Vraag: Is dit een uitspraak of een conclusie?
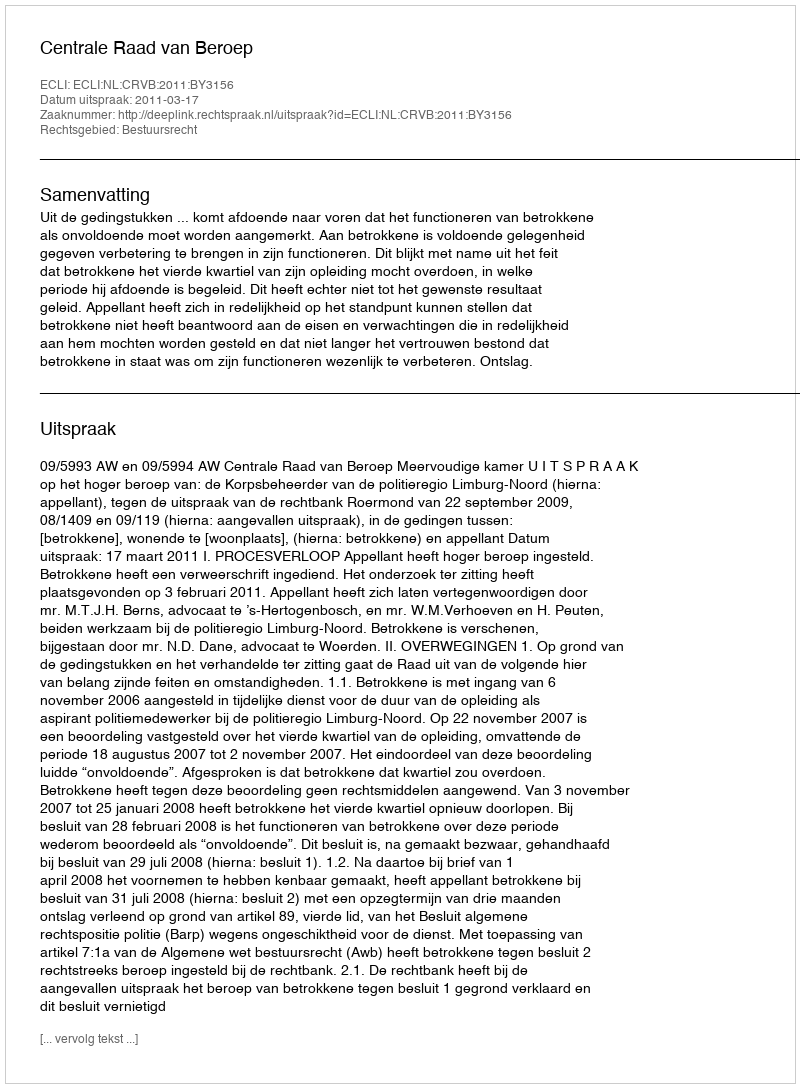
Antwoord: Uitspraak